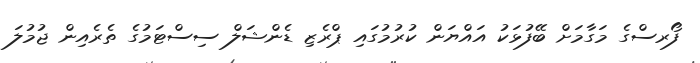
ފޯރސްގެ މަގާމަށް ބޭފުޅަކު އައްޔަން ކުރުމުގައި ޕްރެޒި ޑެންޝަލް ސިސްޓަމުގެ ތެރެއިން ޖުމުލަ